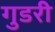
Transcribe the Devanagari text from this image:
गुडरी